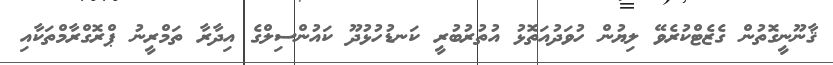
ޤާނޫނީގޮތުން ގެޒެޓްކުރެވޭ ލިޔުން ހުވަދުއަތޮޅު އުތުރުބުރީ ކަނޑުހުޅުދޫ ކައުންސިލްގެ އިދާރާ ތަމްރީނު ޕްރޮގްރާމްތަކާއި